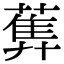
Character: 𦻧